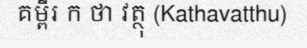
គម្ពីរ ក ថា វត្ថុ (Kathavatthu)